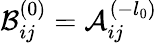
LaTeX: \mathcal{B}_{ij}^{(0)}=\mathcal{A}_{ij}^{(-l_{0})}